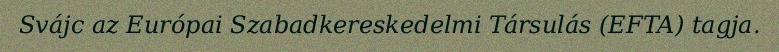
Svájc az Európai Szabadkereskedelmi Társulás (EFTA) tagja.